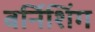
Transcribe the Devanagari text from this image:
बर्निशिंग